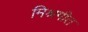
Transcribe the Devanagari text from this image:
मिश्रगीत